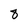
Character: 8